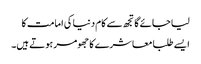
لیا جائے گا تجھ سے کام دنیا کی امامت کا
ایسے طلبا معاشرے کا جھومر ہوتے ہیں۔